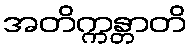
အတိက္ကန္တာတိ